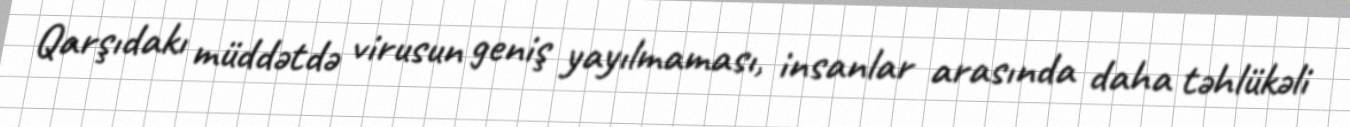
Qarşıdakı müddətdə virusun geniş yayılmaması, insanlar arasında daha təhlükəli